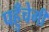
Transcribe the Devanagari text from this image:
पहुँचेगी